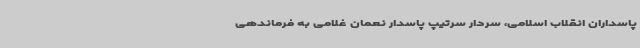
پاسداران انقلاب اسلامی، سردار سرتیپ پاسدار نعمان غلامی به فرماندهی